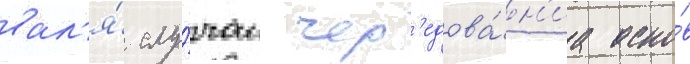
вал'я́ слу́чаи чер'едова́н'иа осно́в